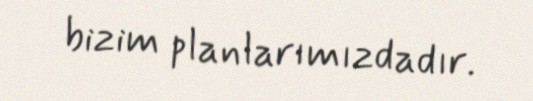
bizim planlarımızdadır.